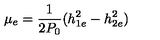
\mu _ { e } = { \frac { 1 } { 2 P _ { 0 } } } ( h _ { 1 e } ^ { 2 } - h _ { 2 e } ^ { 2 } ) \,